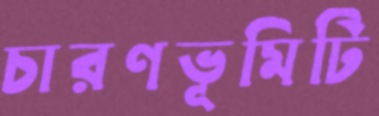
চারণভূমিটি